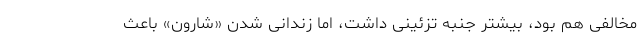
مخالفی هم بود، بیشتر جنبه تزئینی داشت، اما زندانی شدن «شارون» باعث